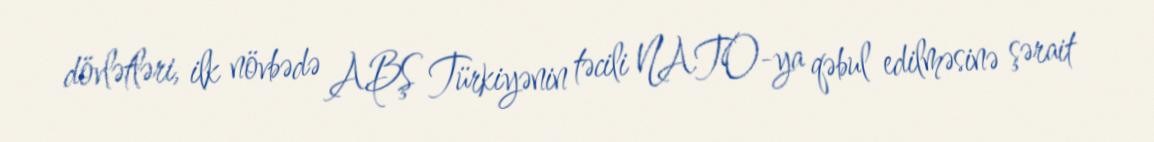
dövlətləri, ilk növbədə ABŞ Türkiyənin təcili NATO-ya qəbul edilməsinə şərait